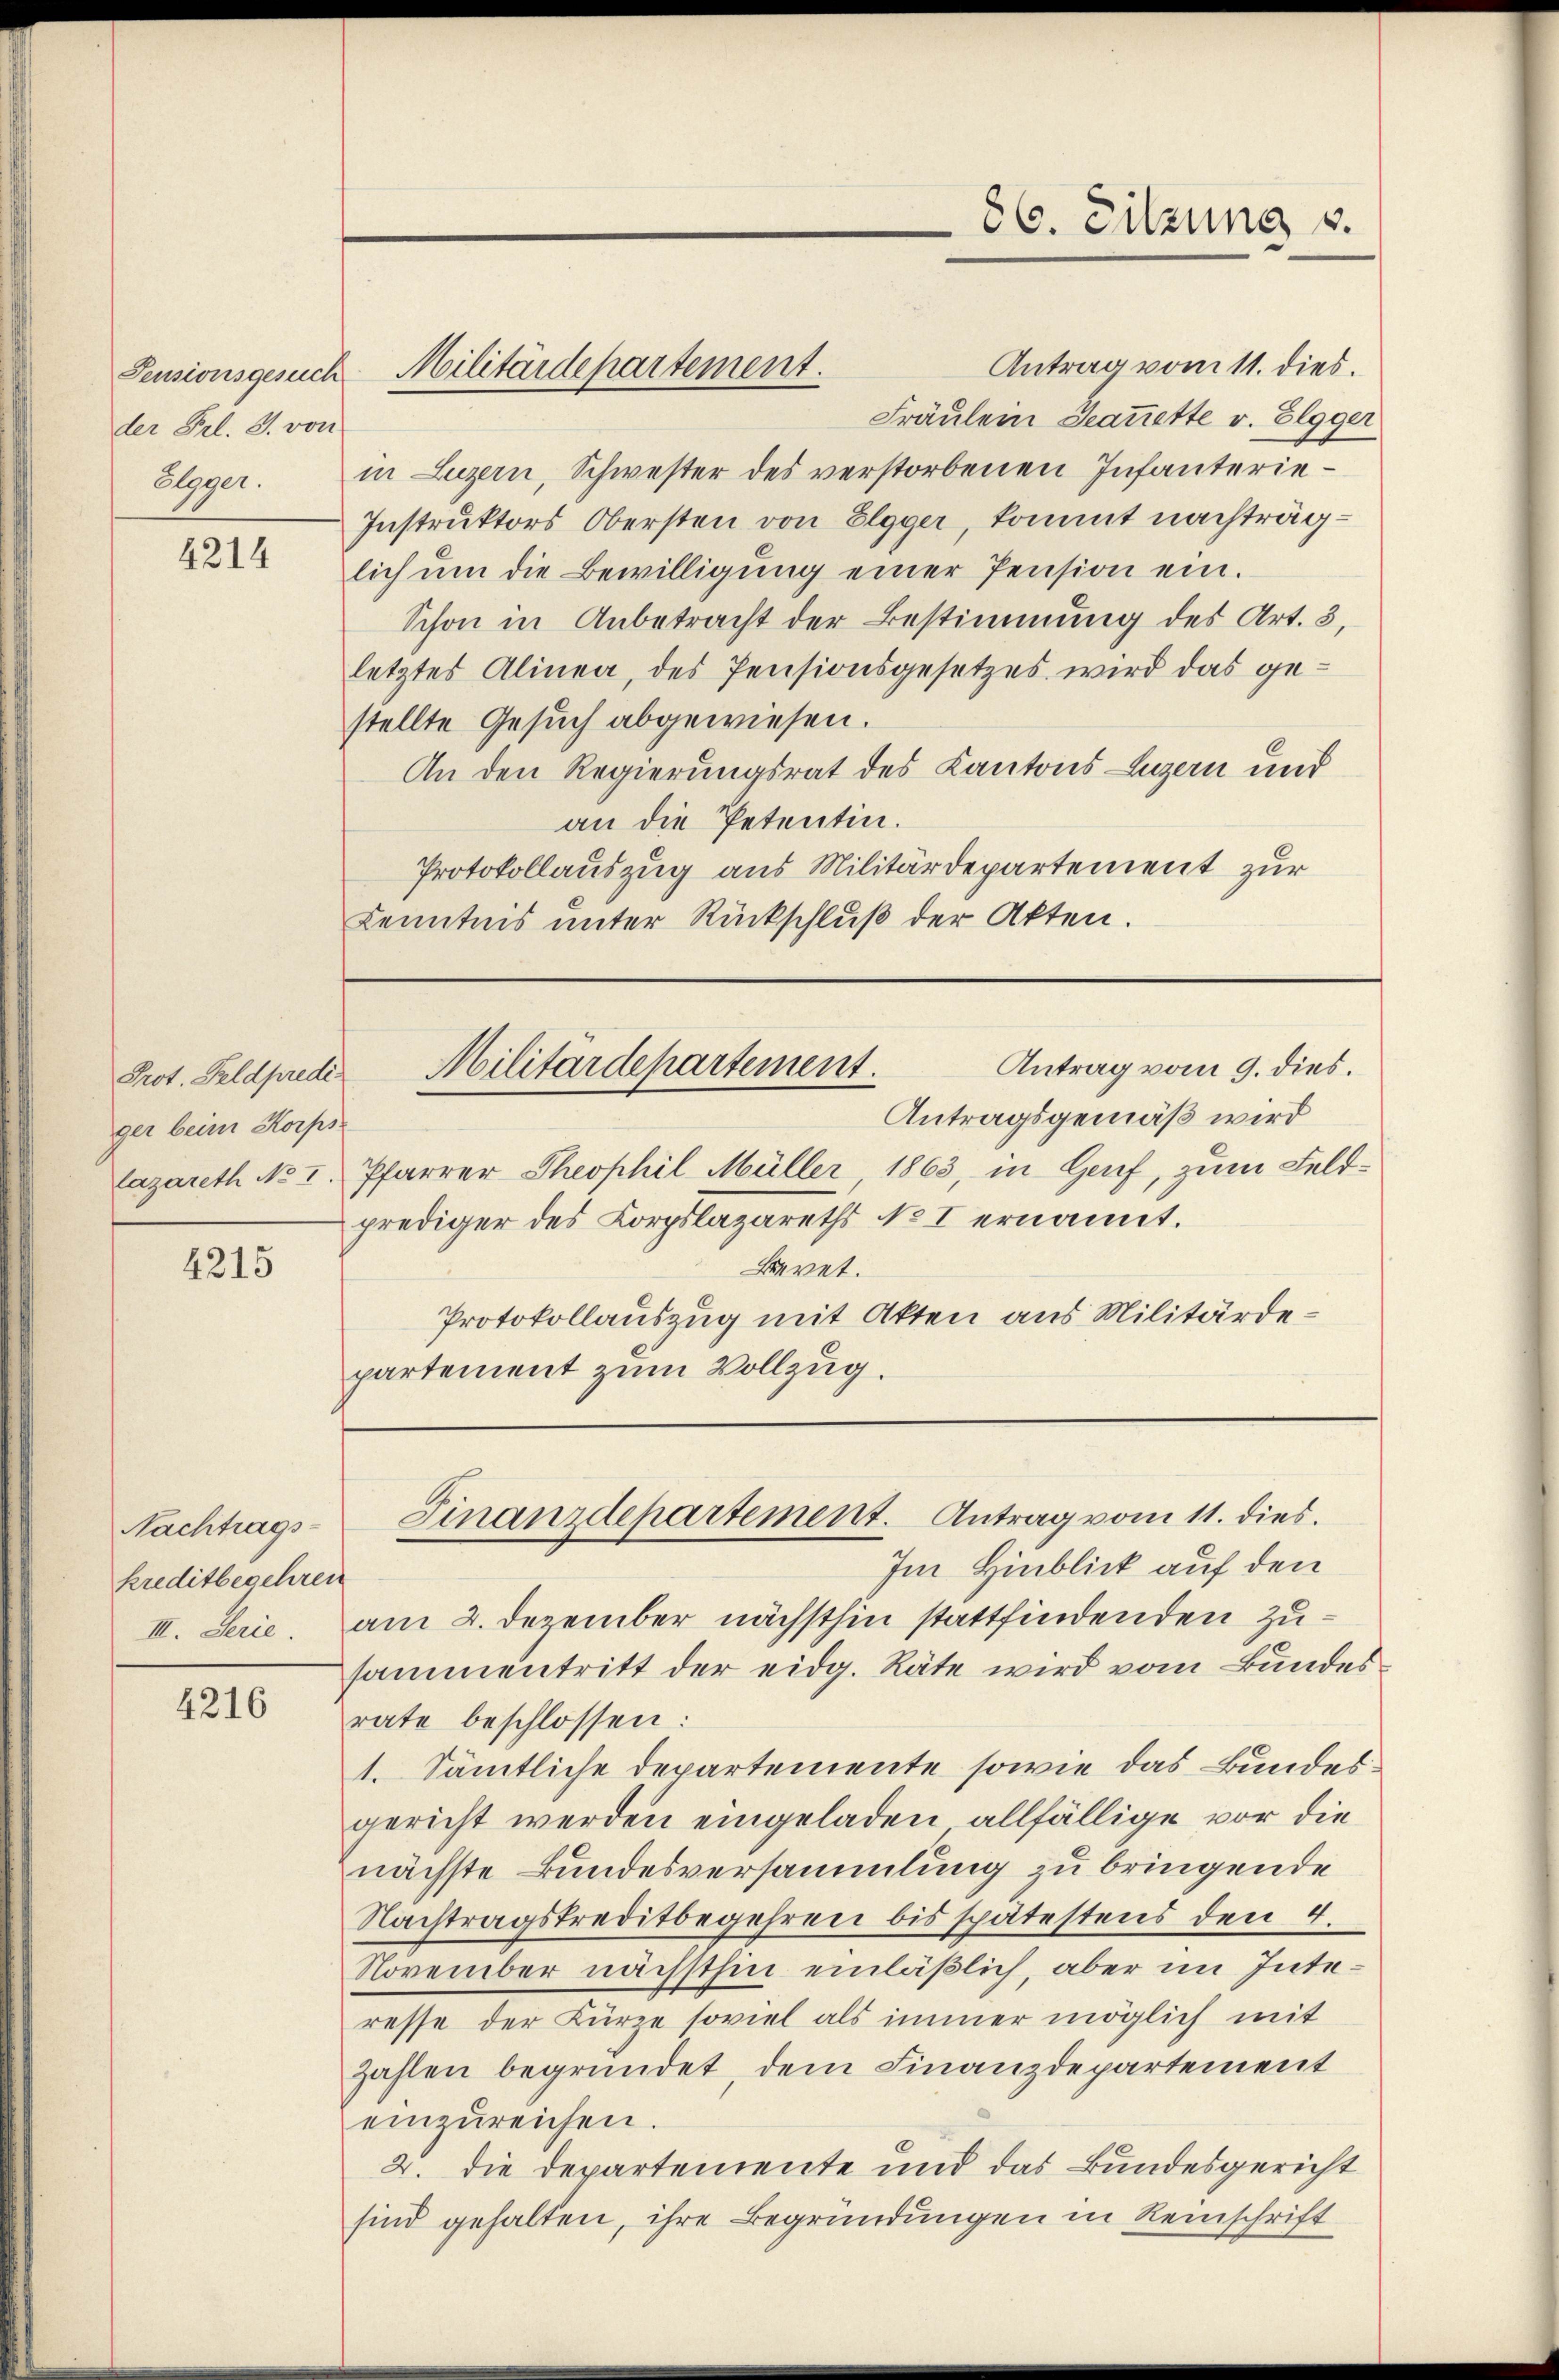
Pensionsgesuch
der Frl. J. von
Elgger.

4214

Prot. Feldpredi
ger beim Korps

4215

Nachtrags-
kreditbegehren
III. Serie.

4216

Antrag vom 11. dies.
Fräulein Jeanette v. Elgger
in Luzern, Schwester des verstorbenen Infanterie¬
Instruktors Obersten von Elgger, kommt nachträglich um die Bewilligung einer Pension ein.
Schon in Anbetracht der Bestimmung des Art. 3,
letztes Alinea, des Pensionsgesetzes wird das gestellte Gesuch abgewiesen.
An den Regierungsrat des Kantons Luzern und
an die Petentin.
Protokollauszug aus Militärdepartement zur
Kenntnis unter Rückschluß der Akten.

Militärdepartement.

Militärdepartement.

86. Sitzung v.

Antragsgemäß wird
lazareth No 1. Pfarrer Theophil Müller 1863, in Genf, zum Feldprediger des Korpslazareths No I ernannt.
Baeret.
Protokollauszug mit Akten aus Militärdepartement zum Vollzug.

Antrag vom 9. dies.

Finanzdepartement. Antrag vom 11. dies
Im Hinblick auf den

am 2. Dezember nächsthin stattfindenden zusammentritt der eidg. Räte wird vom Bundesrate beschlossen:
1. Sämtliche Departemente sowie das Bundesgericht werden eingeladen allfällige vor die
nächste Bundesversammlung zu bringende
Nachtragskreditbegehren bis spätestens den 4.
November nächsthin einläßlich, aber im Interesse der Kürze soviel als immer möglich mit
zahlen begründet, dem Finanzdepartement
einzŭreichen.
2. Die Departemente und das Bundesgericht
sind gehalten, ihre Begründungen in Reinschrift